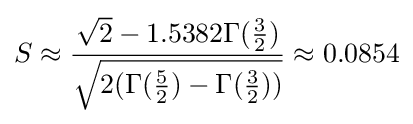
S\approx {\frac {{\sqrt {2}}-1.5382\Gamma ({\frac {3}{2}})}{\sqrt {2(\Gamma ({\frac {5}{2}})-\Gamma ({\frac {3}{2}}))}}}\approx 0.0854